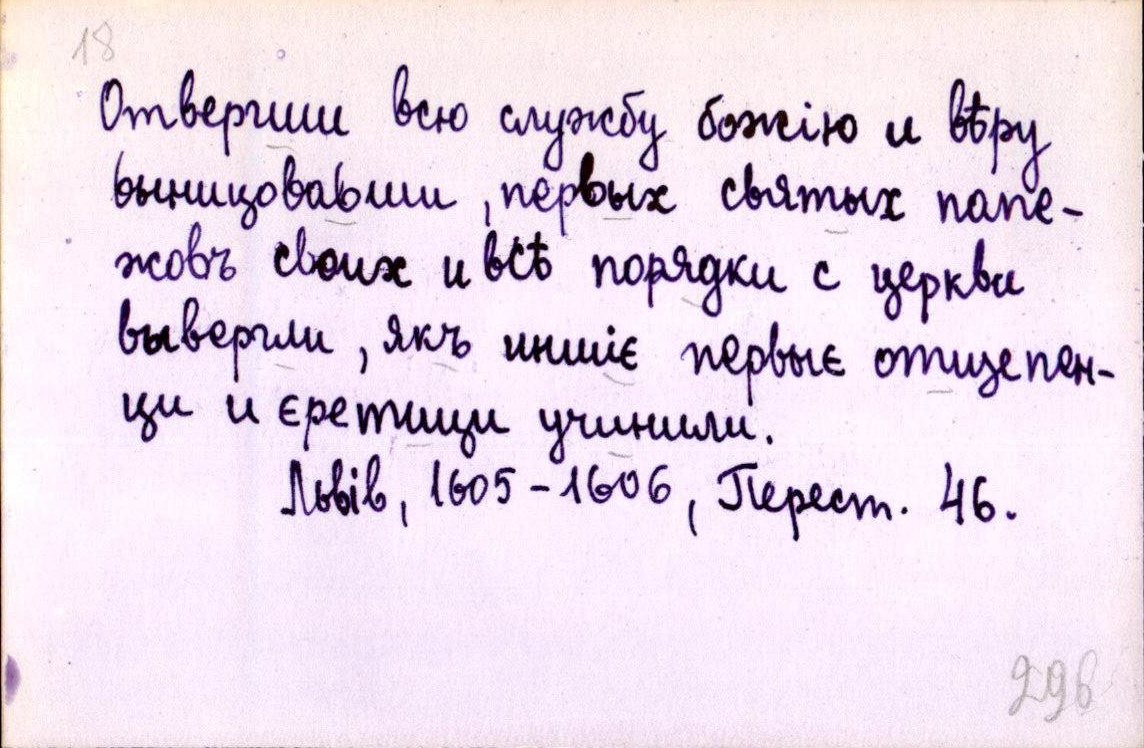
Отвергши всю службу божію и вѣру
выницовавши, первых святых папе-
жовъ своих и всѣ порядки с церкви
вывергли, якъ иншіе первыє отщепен-
ци и єретици учинили.
Львів, 1605-1606, Перест. 46.